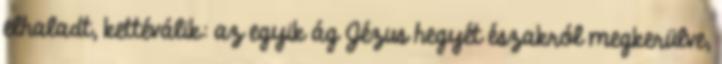
elhaladt, kettéválik: az egyik ág Jézus hegyét északról megkerülve,